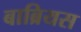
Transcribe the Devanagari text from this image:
बाब्रियस